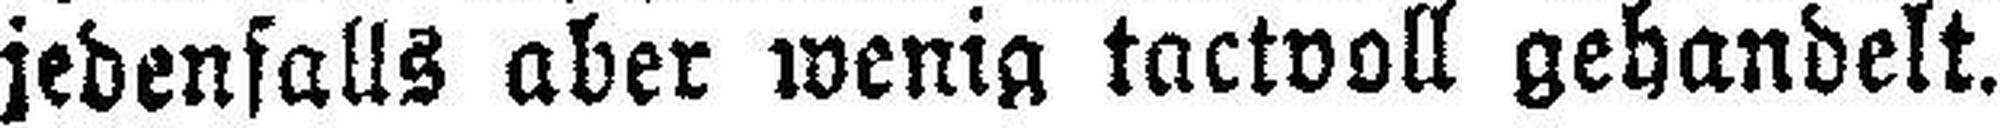
jedenfalls aber wenig tactvoll gehandelt.